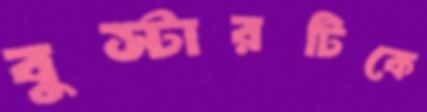
বুস্টারটিকে